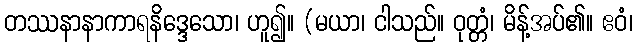
တဿနာနာကာရနိဒ္ဒေသော၊ ဟူ၍။ (မယာ၊ ငါသည်။ ဝုတ္တံ၊ မိန့်အပ်၏။ ဧဝံ၊